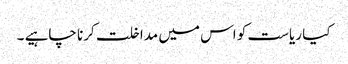
کیا ریاست کو اس میں مداخلت کرنا چاہیے ۔